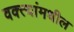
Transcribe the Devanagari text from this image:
वक्त्यांमधील